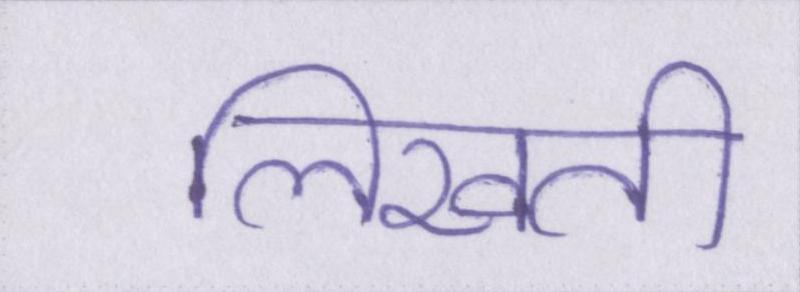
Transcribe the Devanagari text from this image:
लिखती